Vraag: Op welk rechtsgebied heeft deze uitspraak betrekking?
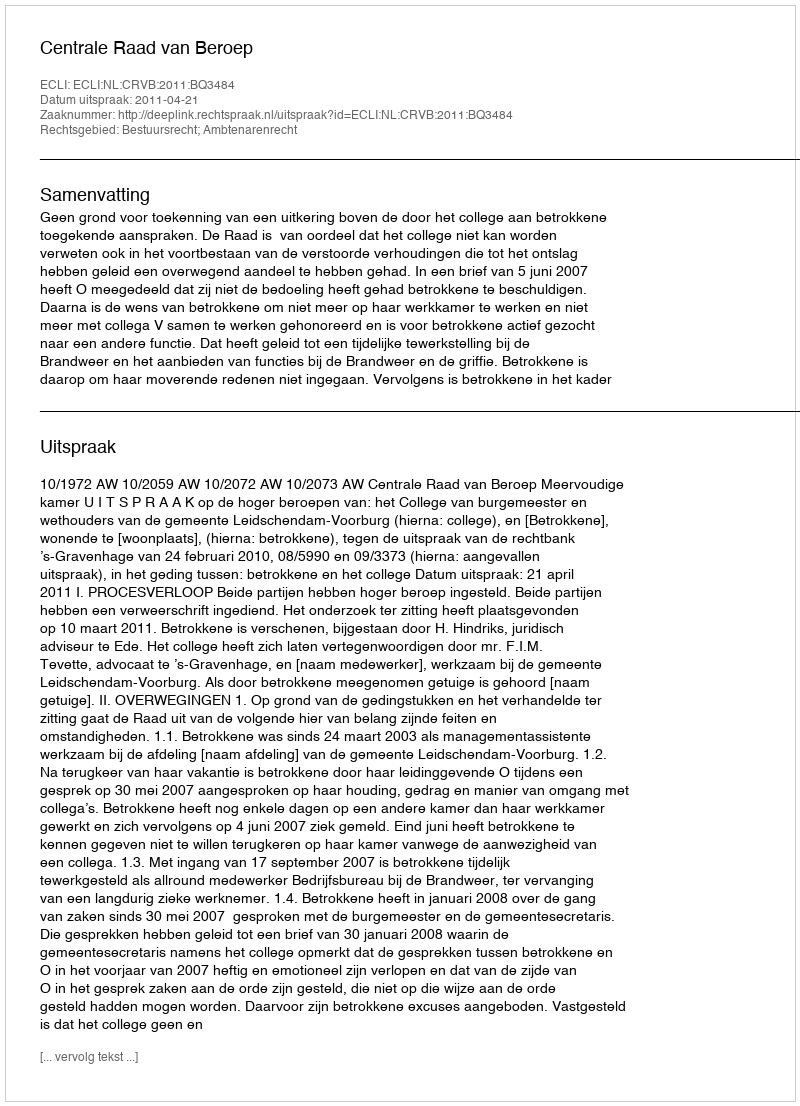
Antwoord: Bestuursrecht; Ambtenarenrecht